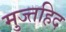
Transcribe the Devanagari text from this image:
मुज्तहिद